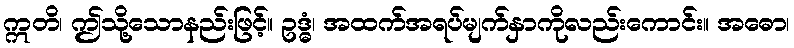
ဣတိ၊ ဤသို့သောနည်းဖြင့်။ ဥဒ္ဓံ၊ အထက်အရပ်မျက်နှာကိုလည်းကောင်း။ အဓော၊